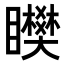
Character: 𥌞